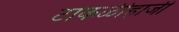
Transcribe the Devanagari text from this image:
टाकळीहाजी